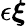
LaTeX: \epsilon\boldsymbol{\xi}